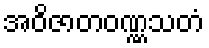
အဝိဇာတဝဏ္ဏသတံ